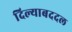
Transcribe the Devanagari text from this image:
दिल्याबददल